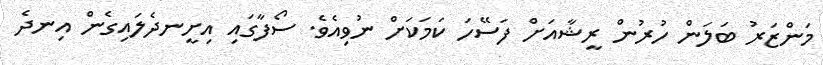
މަންޒަރު ބަލަން ހުރުން ރީޝާއަށް ފަސޭހަ ކަމަކަށް ނުވިއެވެ. ސޯފާގައި އިށީނދެލައިގެން އިނދެ